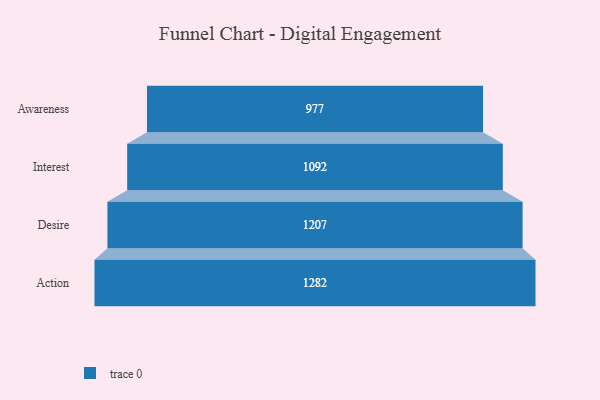
{"axis": {"x": "Stage", "y": "Value"}, "legend": [""], "data": [{"x": "Awareness", "y": 977.0, "type": ""}, {"x": "Interest", "y": 1092.0, "type": ""}, {"x": "Desire", "y": 1207.0, "type": ""}, {"x": "Action", "y": 1282.0, "type": ""}]}